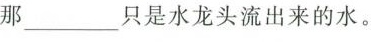
那___只是水龙头流出来的水。